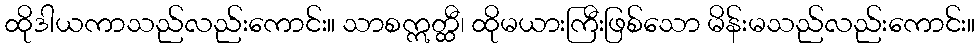
ထိုဒါယကာသည်လည်းကောင်း။ သာစဣတ္ထီ၊ ထိုမယားကြီးဖြစ်သော မိန်းမသည်လည်းကောင်း။